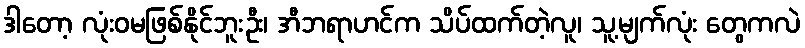
ဒါတော့ လုံးဝမဖြစ်နိုင်ဘူးဦး၊ အီဘရာဟင်က သိပ်ထက်တဲ့လူ၊ သူ့မျက်လုံး တွေကလဲ